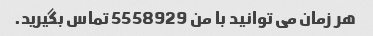
هر زمان می توانید با من 5558929 تماس بگیرید.